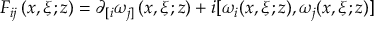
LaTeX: F _ { i j } \left( x , \xi ; z \right) = \partial _ { \lbrack i } \omega _ { j ] } \left( x , \xi ; z \right) + i [ \omega _ { i } ( x , \xi ; z ) , \omega _ { j } ( x , \xi ; z ) ]